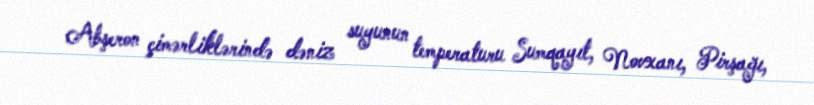
Abşeron çimərliklərində dəniz suyunun temperaturu Sumqayıt, Novxanı, Pirşağı,